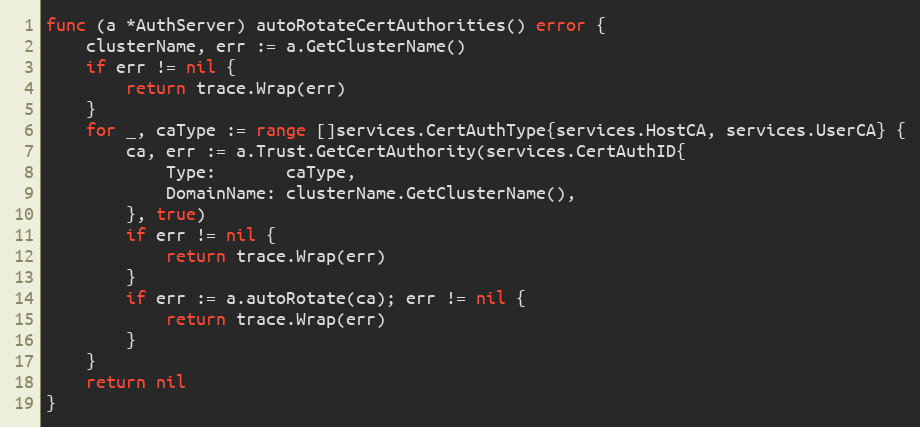
Language: Go
func (a *AuthServer) autoRotateCertAuthorities() error {
	clusterName, err := a.GetClusterName()
	if err != nil {
		return trace.Wrap(err)
	}
	for _, caType := range []services.CertAuthType{services.HostCA, services.UserCA} {
		ca, err := a.Trust.GetCertAuthority(services.CertAuthID{
			Type:       caType,
			DomainName: clusterName.GetClusterName(),
		}, true)
		if err != nil {
			return trace.Wrap(err)
		}
		if err := a.autoRotate(ca); err != nil {
			return trace.Wrap(err)
		}
	}
	return nil
}